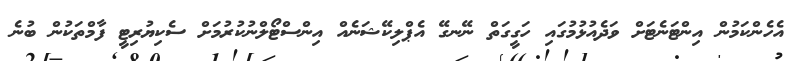
އެހެންކަމުން އިންޓަނެޓަށް ވަދެއުޅުމުގައި ހަގީގަތް ނޭނގޭ އެޕްލިކޭޝަނެއް އިންސްޓޯލްނުކުރުމަށް ސެކިޔުރިޓީ ފާމްތަކުން ބުނެ